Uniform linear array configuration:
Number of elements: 4
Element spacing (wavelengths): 0.5
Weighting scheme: hann
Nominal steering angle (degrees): -15
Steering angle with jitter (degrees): -14.79
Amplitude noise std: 0.05
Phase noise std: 0.05

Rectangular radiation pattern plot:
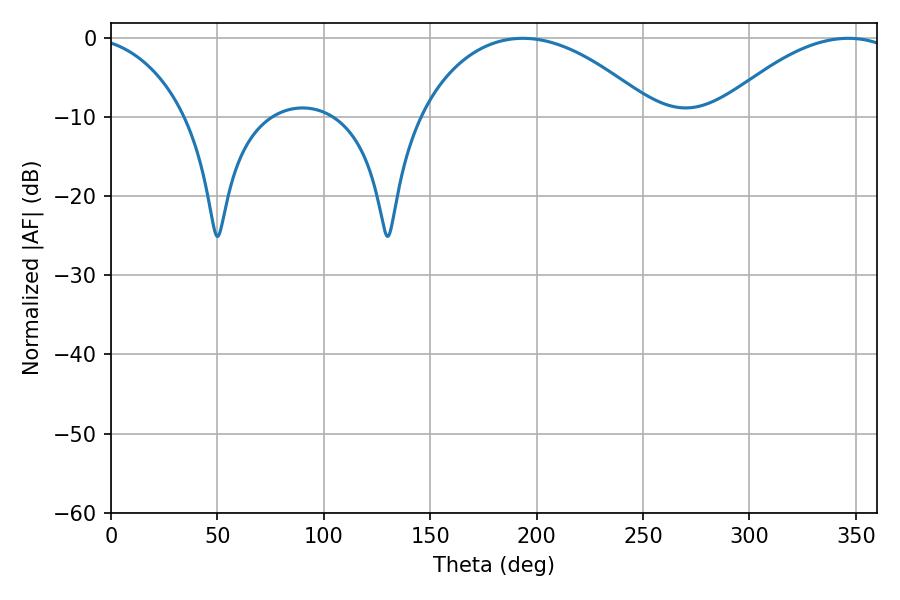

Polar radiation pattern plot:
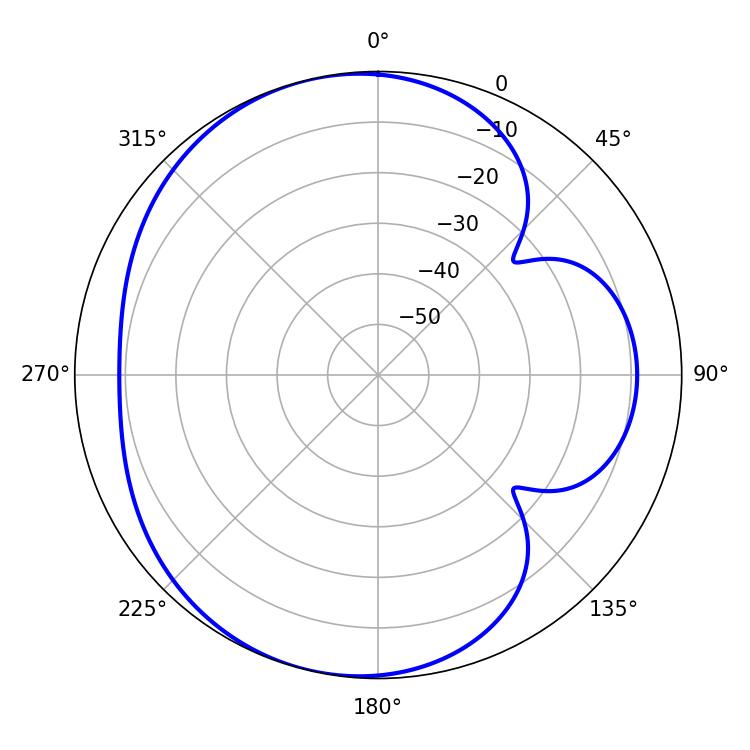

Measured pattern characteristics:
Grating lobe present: FALSE
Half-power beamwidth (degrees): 62.64
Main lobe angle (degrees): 193.5